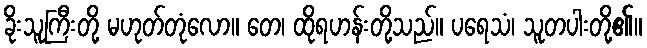
ခိုးသူကြီးတို့ မဟုတ်တုံလော။ တေ၊ ထိုရဟန်းတို့သည်။ ပရေသံ၊ သူတပါးတို့၏။